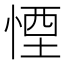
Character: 𪬉